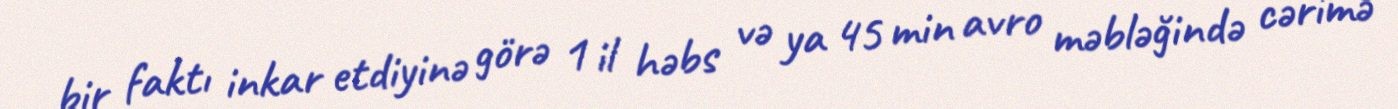
bir faktı inkar etdiyinə görə 1 il həbs və ya 45 min avro məbləğində cərimə